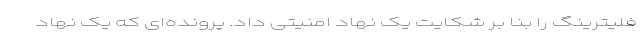
فلیترینگ را بنا بر شکایت یک نهاد امنیتی داد. پرونده‌ای که یک نهاد